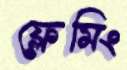
ফ্লেমিং